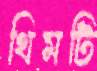
থিমটি